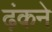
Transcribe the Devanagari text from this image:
ढ़ंकने